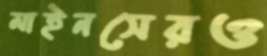
মাইনসেরও